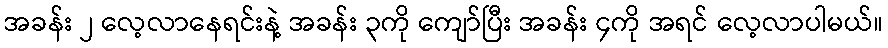
အခန်း ၂ လေ့လာနေရင်းနဲ့ အခန်း ၃ကို ကျော်ပြီး အခန်း ၄ကို အရင် လေ့လာပါမယ်။